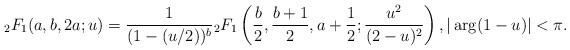
LaTeX: \begin{align*}{}_2F_1(a,b,2a;u) = \frac{1}{(1-(u/2))^b}{}_2F_1\left(\frac{b}{2}, \frac{b+1}{2}, a+\frac{1}{2}; \frac{u^2}{(2-u)^2}\right), |\arg(1-u)| < \pi. \end{align*}